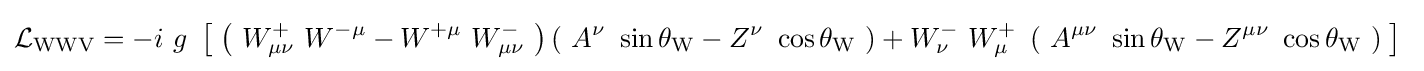
{\mathcal {L}}_{\mathrm {WWV} }=-i\ g\ \left[\;\left(\ W_{\mu \nu }^{+}\ W^{-\mu }-W^{+\mu }\ W_{\mu \nu }^{-}\ \right)\left(\ A^{\nu }\ \sin \theta _{\mathrm {W} }-Z^{\nu }\ \cos \theta _{\mathrm {W} }\ \right)+W_{\nu }^{-}\ W_{\mu }^{+}\ \left(\ A^{\mu \nu }\ \sin \theta _{\mathrm {W} }-Z^{\mu \nu }\ \cos \theta _{\mathrm {W} }\ \right)\;\right]~